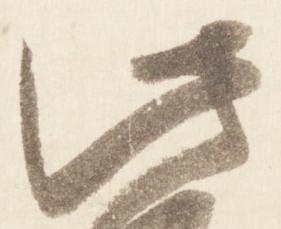
此